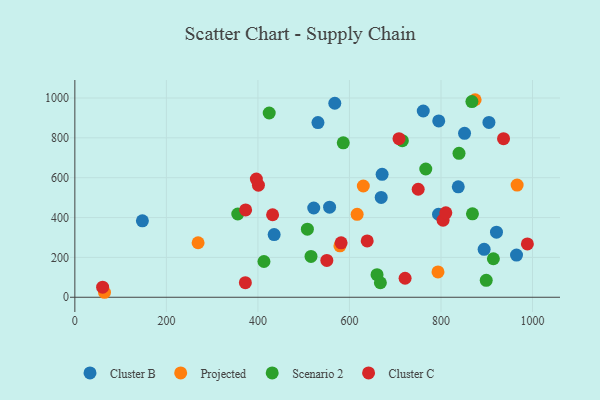
{"axis": {"x": "Investment", "y": "Exam Score"}, "legend": ["Cluster B", "Cluster C", "Projected", "Scenario 2"], "data": [{"x": "921.3", "y": 326.5, "type": "Cluster B"}, {"x": "671.4", "y": 617.1, "type": "Cluster B"}, {"x": "795.1", "y": 885.0, "type": "Cluster B"}, {"x": "837.8", "y": 554.3, "type": "Cluster B"}, {"x": "531.2", "y": 876.5, "type": "Cluster B"}, {"x": "556.6", "y": 452.0, "type": "Cluster B"}, {"x": "669.4", "y": 500.7, "type": "Cluster B"}, {"x": "794.6", "y": 416.5, "type": "Cluster B"}, {"x": "851.5", "y": 822.8, "type": "Cluster B"}, {"x": "522.0", "y": 448.0, "type": "Cluster B"}, {"x": "761.3", "y": 934.7, "type": "Cluster B"}, {"x": "904.8", "y": 877.5, "type": "Cluster B"}, {"x": "147.6", "y": 383.3, "type": "Cluster B"}, {"x": "965.1", "y": 211.9, "type": "Cluster B"}, {"x": "894.3", "y": 240.6, "type": "Cluster B"}, {"x": "435.5", "y": 314.5, "type": "Cluster B"}, {"x": "568.0", "y": 973.6, "type": "Cluster B"}, {"x": "616.8", "y": 416.0, "type": "Projected"}, {"x": "630.3", "y": 558.2, "type": "Projected"}, {"x": "579.2", "y": 257.9, "type": "Projected"}, {"x": "966.4", "y": 562.7, "type": "Projected"}, {"x": "793.5", "y": 127.2, "type": "Projected"}, {"x": "874.6", "y": 991.2, "type": "Projected"}, {"x": "269.3", "y": 273.6, "type": "Projected"}, {"x": "64.8", "y": 25.0, "type": "Projected"}, {"x": "766.8", "y": 643.6, "type": "Scenario 2"}, {"x": "424.7", "y": 924.5, "type": "Scenario 2"}, {"x": "516.0", "y": 205.1, "type": "Scenario 2"}, {"x": "914.5", "y": 193.2, "type": "Scenario 2"}, {"x": "586.5", "y": 774.8, "type": "Scenario 2"}, {"x": "660.3", "y": 113.4, "type": "Scenario 2"}, {"x": "356.0", "y": 417.8, "type": "Scenario 2"}, {"x": "413.2", "y": 179.4, "type": "Scenario 2"}, {"x": "715.6", "y": 785.8, "type": "Scenario 2"}, {"x": "868.8", "y": 418.6, "type": "Scenario 2"}, {"x": "508.1", "y": 341.7, "type": "Scenario 2"}, {"x": "667.6", "y": 72.9, "type": "Scenario 2"}, {"x": "839.4", "y": 722.0, "type": "Scenario 2"}, {"x": "898.9", "y": 85.0, "type": "Scenario 2"}, {"x": "867.6", "y": 981.9, "type": "Scenario 2"}, {"x": "708.3", "y": 795.7, "type": "Cluster C"}, {"x": "721.6", "y": 95.3, "type": "Cluster C"}, {"x": "373.2", "y": 438.0, "type": "Cluster C"}, {"x": "936.7", "y": 796.0, "type": "Cluster C"}, {"x": "401.1", "y": 562.6, "type": "Cluster C"}, {"x": "638.8", "y": 282.9, "type": "Cluster C"}, {"x": "372.6", "y": 73.4, "type": "Cluster C"}, {"x": "804.6", "y": 386.6, "type": "Cluster C"}, {"x": "396.6", "y": 593.0, "type": "Cluster C"}, {"x": "750.2", "y": 542.0, "type": "Cluster C"}, {"x": "810.6", "y": 423.6, "type": "Cluster C"}, {"x": "581.8", "y": 273.3, "type": "Cluster C"}, {"x": "432.1", "y": 414.1, "type": "Cluster C"}, {"x": "988.8", "y": 267.6, "type": "Cluster C"}, {"x": "550.6", "y": 184.9, "type": "Cluster C"}, {"x": "60.7", "y": 50.4, "type": "Cluster C"}]}